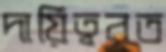
দায়িত্বরত